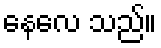
နေလေ သည်။